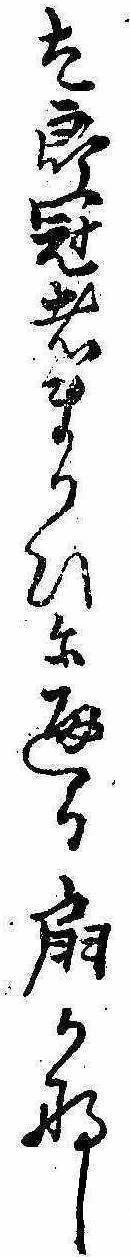
太郎冠者まかひに通る扇かな